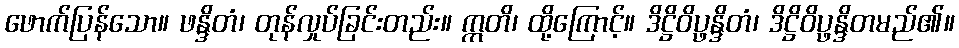
ဖောက်ပြန်သော။ ဖန္ဒိတံ၊ တုန်လှုပ်ခြင်းတည်း။ ဣတိ၊ ထို့ကြောင့်။ ဒိဋ္ဌိဝိပ္ဖန္ဒိတံ၊ ဒိဋ္ဌိဝိပ္ဖန္ဒိတမည်၏။